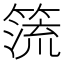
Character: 𥰤